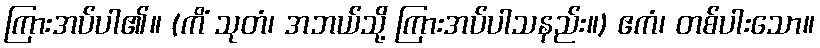
ကြားအပ်ပါ၏။ (ကိံ သုတံ၊ အဘယ်သို့ ကြားအပ်ပါသနည်း။) ဧကံ၊ တစ်ပါးသော။